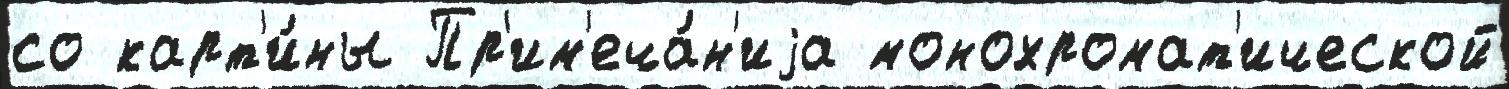
со карт'и́ны Пр'им'еча́н'иjа монохромат'ической